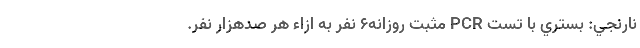
نارنجي: بستري با تست PCR مثبت روزانه۶ نفر به ازاء هر صدهزار نفر.